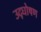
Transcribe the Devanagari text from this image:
उद्घोषण